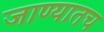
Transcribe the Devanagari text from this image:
जाण्यातच